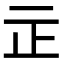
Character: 㱏